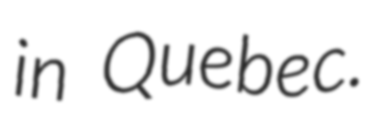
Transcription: in Quebec.